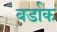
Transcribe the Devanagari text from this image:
बर्डाक